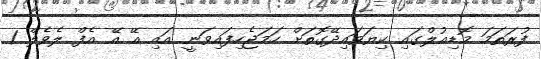
ފުރަތަމަ މޮޑިއުލްގައި ކިޔަވައިދޭގޮތަށް ހަމަޖެހިފައިވަނީ އައި އޭ އޭ އެފް ލެވެލް 1